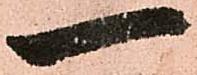
一